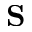
\mathbf { S }